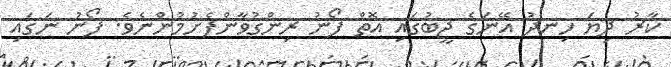
ކާރު ދިޔަ ހިނދު އޭނަގެ ޖީބުގައި އޮތް ފޯނު ރިންގުވާންފެށުމުންނެވެ. ފޯނު ނަގައި